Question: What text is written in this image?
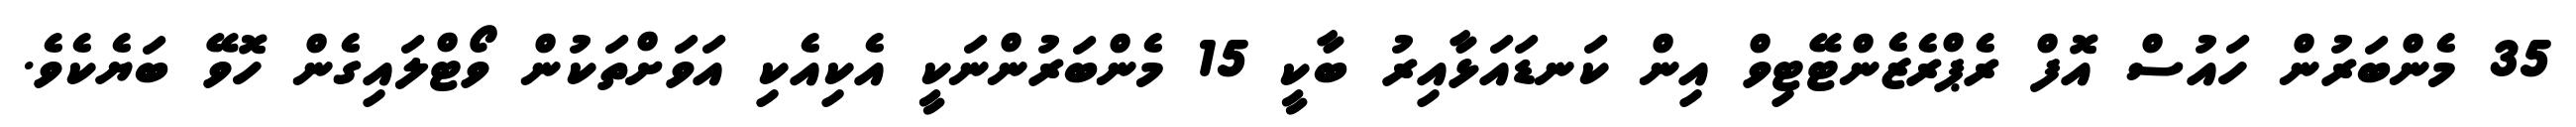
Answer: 35 މެންބަރުން ހައުސް އޮފް ރެޕްރެޒެންޓޭޓިވް އިން ކަނޑައަޅާއިރު ބާކީ 15 މެންބަރުންނަކީ އެކިއެކި އަވަށްތަކުން ވޯޓްލައިގެން ހޮވޭ ބަޔެކެވެ.